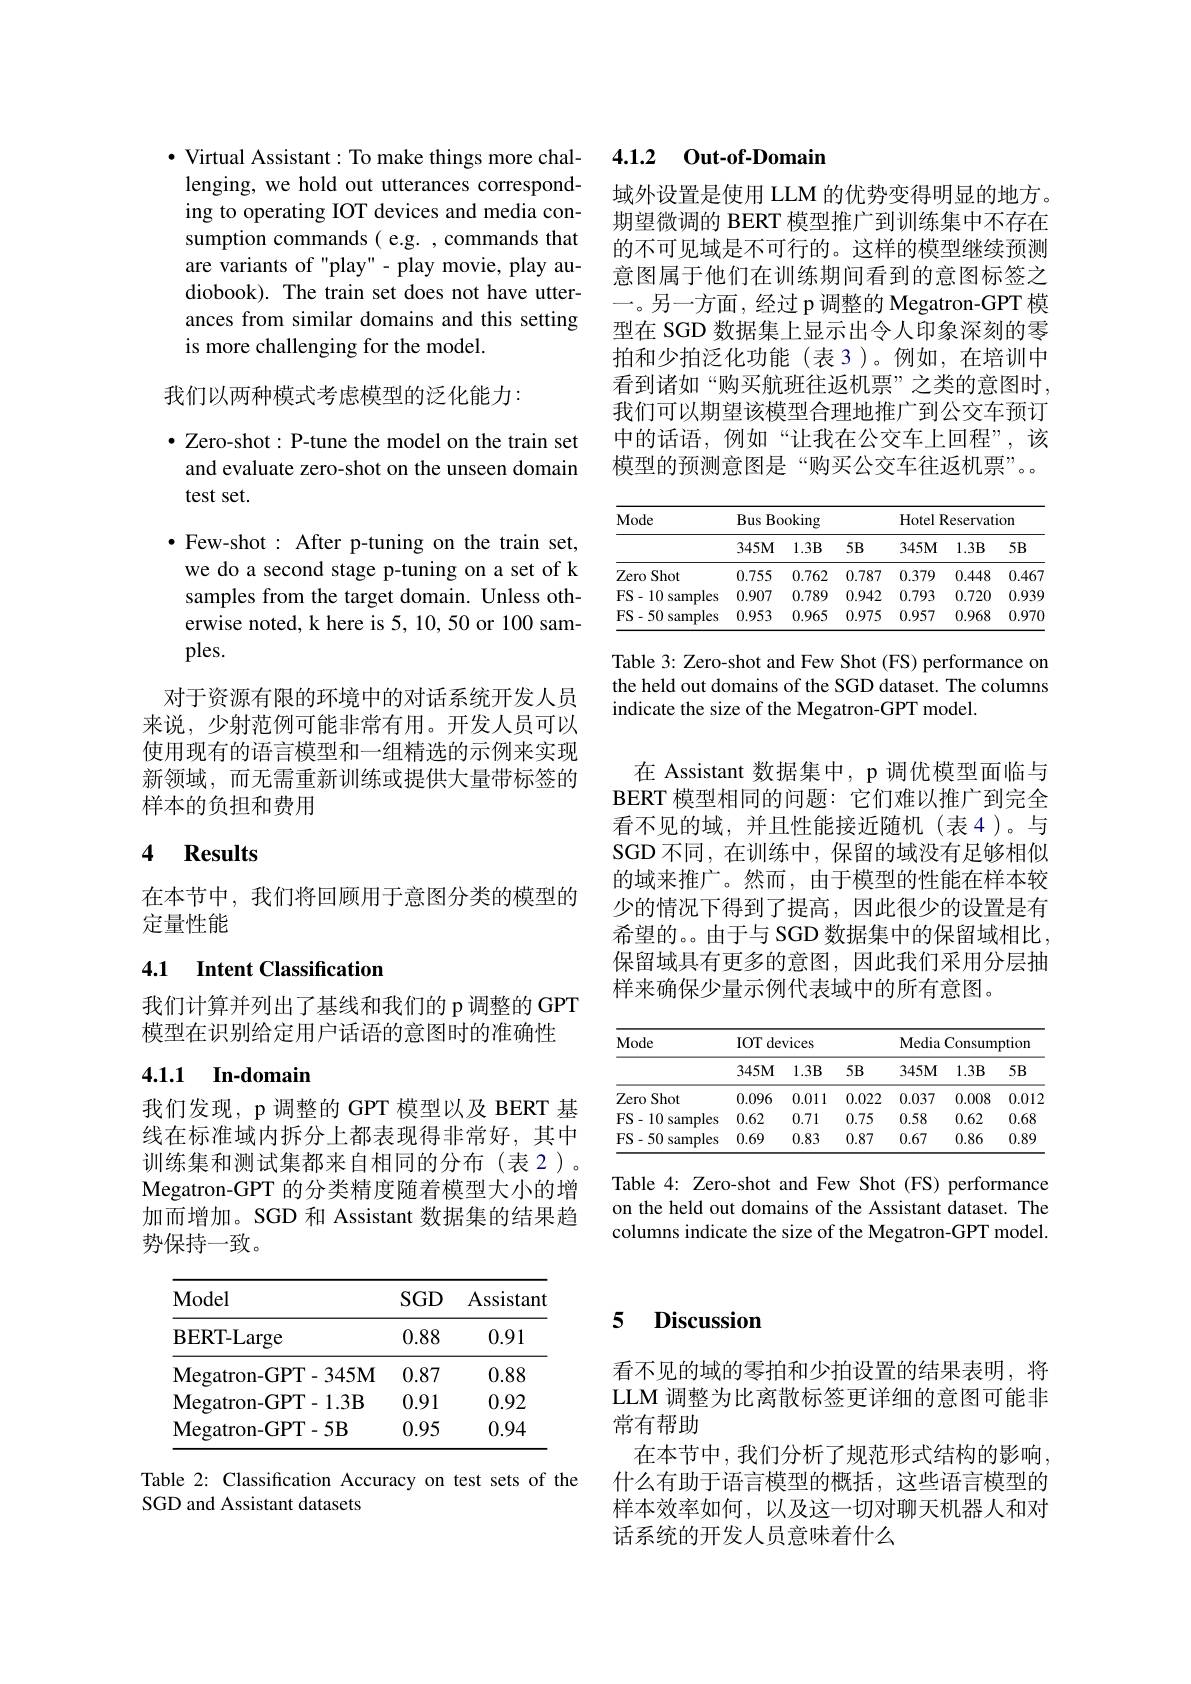
$\bullet$ Virtual Assistant: To make things more challenging, we hold out utterances corresponding to operating IOT devices and media consumption commands( e.g. , commands that are variants of "play" - play movie, play audiobook). The train set does not have utterances from similar domains and this setting is more challenging for the model.

我们以两种模式考虑模型的泛化能力：

$\bullet$ Zero-shot: P-tune the model on the train set and evaluate zero-shot on the unseen domain test set.
$\bullet$ Few-shot : After p-tuning on the train set, we do a second stage p-tuning on a set of k samples from the target domain. Unless otherwise noted, k here is 5, 10, 50 or 100 samples.
对于资源有限的环境中的对话系统开发人员来说，少射范例可能非常有用。开发人员可以使用现有的语言模型和一组精选的示例来实现新领域，而无需重新训练或提供大量带标签的

样本的负担和费用

## 4 $\textbf{Results}$

在本节中，我们将回顾用于意图分类的模型的
定量性能

## 4.1 Intent Classification

我们计算并列出了基线和我们的 p 调整的 GPT
模型在识别给定用户话语的意图时的准确性

## 4.1.1 In-domain

我们发现，p 调整的 GPT 模型以及 BERT 基线在标准域内拆分上都表现得非常好，其中训练集和测试集都来自相同的分布(表 2)。Megatron-GPT 的分类精度随着模型大小的增加而增加。SGD 和 Assistant 数据集的结果趋势保持一致。

<table>
	<tbody>
		<tr>
			<th>$\mathbf{Model}$</th>
			<th>$SGD$</th>
			<th>Assistant</th>
		</tr>
		<tr>
			<td>BERT- Large</td>
			<td>0.88</td>
			<td>0.91</td>
		</tr>
		<tr>
			<td>Megatron- GPT- 345M</td>
			<td>0.87</td>
			<td>0.88</td>
		</tr>
		<tr>
			<td>Megatron- GPT- 1. 3B</td>
			<td>0.91</td>
			<td>0.92</td>
		</tr>
		<tr>
			<td>Megatron- GPT- 5B</td>
			<td>0.95</td>
			<td>0.94</td>
		</tr>
	</tbody>
</table>

Table 2: Classification Accuracy on test sets of the
SGD and Assistant datasets

### 4.1.2 0ut-of-Domain

域外设置是使用 LLM 的优势变得明显的地方。期望微调的 BERT 模型推广到训练集中不存在的不可见域是不可行的。这样的模型继续预测意图属于他们在训练期间看到的意图标签之一。另一方面，经过 p 调整的 Megatron-GPT 模型在 SGD 数据集上显示出令人印象深刻的零拍和少拍泛化功能(表3)。例如，在培训中看到诸如“购买航班往返机票”之类的意图时， 我们可以期望该模型合理地推广到公交车预订中的话语，例如“让我在公交车上回程”,该模型的预测意图是“购买公交车往返机票”。

<table>
	<tbody>
		<tr>
			<th rowspan="2">Mode</th>
			<th colspan="3">Bus Booking</th>
			<th colspan="3">Hotel Reservation</th>
		</tr>
		<tr>
			<th>$345M$</th>
			<th>$1.3\mathbf{B}$</th>
			<th>$5B$</th>
			<th>$345M$</th>
			<th>$1.3\mathbf{B}$</th>
			<th>$5B$</th>
		</tr>
		<tr>
			<td>Zero Shot </td>
			<td>0.755</td>
			<td>0.762</td>
			<td>0.787</td>
			<td>0.379</td>
			<td>0.448</td>
			<td>0.467</td>
		</tr>
		<tr>
			<td>FS- 10 samples</td>
			<td>0.907</td>
			<td>0.789</td>
			<td>0.942</td>
			<td>0.793</td>
			<td>0.720</td>
			<td>0.939</td>
		</tr>
		<tr>
			<td>FS- 50 samples</td>
			<td>0.953</td>
			<td>0.965</td>
			<td>0.975</td>
			<td>0.957</td>
			<td>0.968</td>
			<td>0.970</td>
		</tr>
	</tbody>
</table>

Table 3: Zero-shot and Few Shot (FS) performance on the held out domains of the SGD dataset. The columns indicate the size of the Megatron-GPT model.

在 Assistant 数据集中，p 调优模型面临与BERT 模型相同的问题：它们难以推广到完全看不见的域，并且性能接近随机(表4)。与SGD 不同，在训练中，保留的域没有足够相似的域来推广。然而，由于模型的性能在样本较少的情况下得到了提高，因此很少的设置是有希望的。。由于与 SGD 数据集中的保留域相比保留域具有更多的意图，因此我们采用分层抽样来确保少量示例代表域中的所有意图。

<table>
	<tbody>
		<tr>
			<th rowspan="2">Mode</th>
			<th colspan="3">IOT devices</th>
			<th colspan="3">Media Consumption</th>
		</tr>
		<tr>
			<th>$345M$</th>
			<th>$1.3B$</th>
			<th>$5B$</th>
			<th>$345M$</th>
			<th>$1.3B$</th>
			<th>$5B$</th>
		</tr>
		<tr>
			<td>Zero Shot</td>
			<td>0.096</td>
			<td>0.011</td>
			<td>0.022</td>
			<td>0.037</td>
			<td>0.008</td>
			<td>0.012</td>
		</tr>
		<tr>
			<td>FS- 10 samples</td>
			<td>0.62</td>
			<td>0.71</td>
			<td>0.75</td>
			<td>0.58</td>
			<td>0.62</td>
			<td>0.68</td>
		</tr>
		<tr>
			<td>FS- 50 samples</td>
			<td>0.69</td>
			<td>0.83</td>
			<td>0.87</td>
			<td>0.67</td>
			<td>0.86</td>
			<td>0.89</td>
		</tr>
	</tbody>
</table>

Table 4: Zero-shot and Few Shot (FS) performance on the held out domains of the Assistant dataset. The columns indicate the size of the Megatron-GPT model.

### 5 Discussion

看不见的域的零拍和少拍设置的结果表明，将LLM 调整为比离散标签更详细的意图可能非常有帮助
在本节中，我们分析了规范形式结构的影响， 什么有助于语言模型的概括，这些语言模型的样本效率如何，以及这一切对聊天机器人和对话系统的开发人员意味着什么